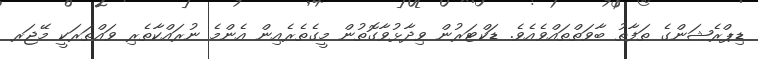
ޑިޕްރެޝަންގެ ތަފާތު ބާވަތްތައްވެއެވެ. ޑަކްޓަރުން ވިދާޅުވާގޮތުން މީގެތެރެއިން އެންމެ ނުރައްކާތެރި ވައްތަރަކީ މޭޖަރ